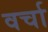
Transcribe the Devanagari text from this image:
वर्चा